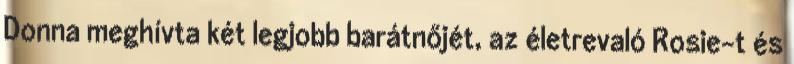
Donna meghívta két legjobb barátnőjét, az életrevaló Rosie-t és